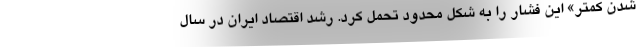
شدن کمتر» این فشار را به شکل محدود تحمل کرد. رشد اقتصاد ایران در سال